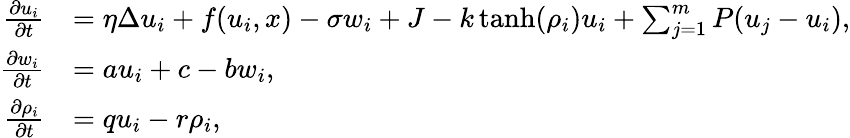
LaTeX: \begin{array}{rl}{\frac{\partial u_{i}}{\partial t}}&{=\eta\Delta u_{i}+f(u_{i},x)-\sigma w_{i}+J-k\operatorname{tanh}(\rho_{i})u_{i}+\sum_{j=1}^{m}P(u_{j}-u_{i}),}\\ {\frac{\partial w_{i}}{\partial t}}&{=au_{i}+c-bw_{i},}\\ {\frac{\partial\rho_{i}}{\partial t}}&{=qu_{i}-r\rho_{i},}\end{array}